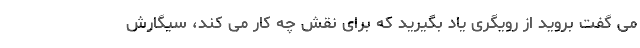
می گفت بروید از رویگری یاد بگیرید که برای نقش چه کار می کند، سیگارش